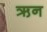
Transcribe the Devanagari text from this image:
ऋन